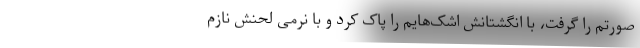
صورتم را گرفت، با انگشتانش اشک‌هایم را پاک کرد و با نرمی لحنش نازم